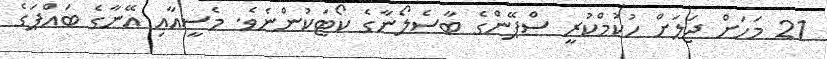
21 މަހަށް ޖަލަށް ހުކުމްކުރީ ސްޕޭންގެ ބާސެލޯނާގެ ކޯޓަކުންނެވެ. މެސީއާއި އޭނާގެ ބައްޕަގެ